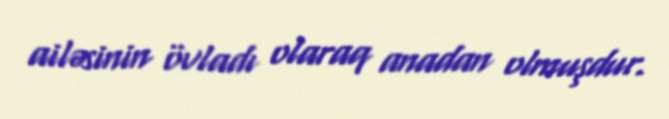
ailəsinin övladı olaraq anadan olmuşdur.